Regulations for the medical services of the Army of India
Year: 1930
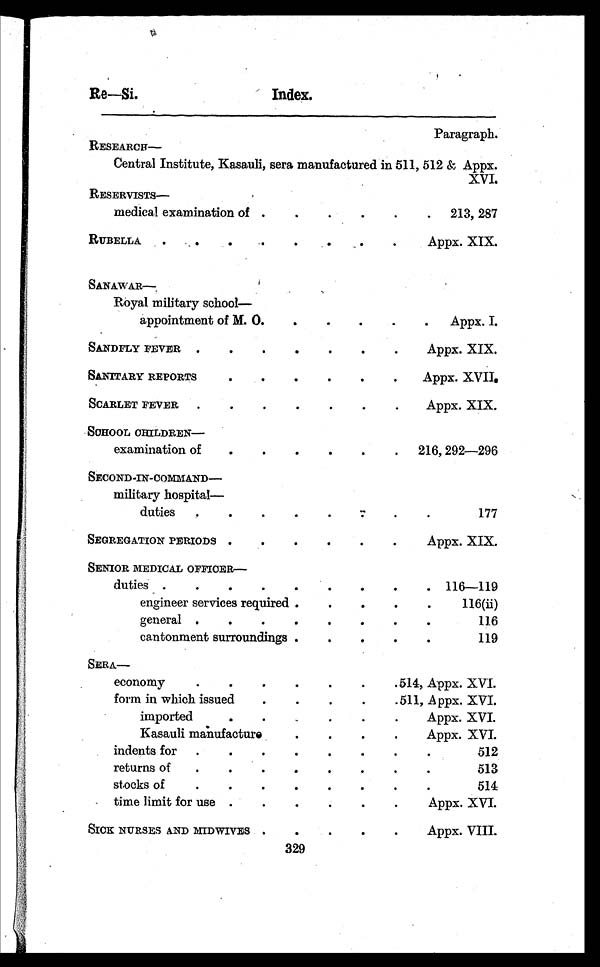
Re—Si.
Index.
Paragraph.
RESEARCH
—
Central Institute, Kasauli, sera manufactured in 511, 512 & Appx.
XVI.
RESERVISTS
—
medical examination of . . .
213, 287
RUBELLA . . .
Appx. XIX.
SANAWAR—
Royal military school
appointment of M. O. . . .
Appx. I.
SANDELY FEVER . . .
Appx. XIX.
SANITARY REPORTS . . .
Appx. XVII.
SCARLET FEVER . . .
Appx. XIX.
SCHOOL CHILDREN
—
examination of . . .
216, 292—296
SECOND-IN-COMMAND
—
military hospital
duties . . .
1 7 7
SEGREGATION PERIODS . . .
Appx.
XIX.
SENIOR MEDICAL OFFICER
—
duties . . .
116—119
engineer services required . . .
116(ii)
general. . .
1 1 6
cantonment surroundings . . .
1 1 9
SERA—
economy. . .
514, Appx. XVI.
form in which issued. . .
511, Appx. XVI.
imported. . .
Appx. XVI.
Kasauli manufacture . . .
Appx. XVI.
indents for. . .
5 1 2
returns of. . .
513
stocks of
514
time limit for use . . .
Appx. XVI.
SICK NURSES AND MIDWIVES . . .
Appx. VIII.
329